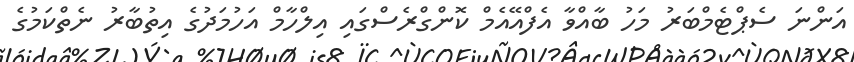
އަންނަ ސެޕްޓެމްބަރު މަހު ބާއްވާ އެފްއޭއެމް ކޮންގްރެސްގައި އިލްހާމް އަހުމަދުގެ އިތުބާރު ނެތްކަމުގެ